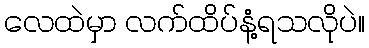
လေထဲမှာ လက်ထိပ်နံ့ရသလိုပဲ။